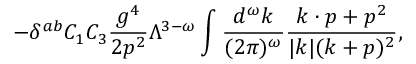
- \delta ^ { a b } C _ { 1 } C _ { 3 } { \frac { g ^ { 4 } } { 2 p ^ { 2 } } } \Lambda ^ { 3 - \omega } \int { \frac { d ^ { \omega } k } { ( 2 \pi ) ^ { \omega } } } { \frac { k \cdot p + p ^ { 2 } } { | k | ( k + p ) ^ { 2 } } } ,